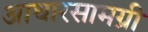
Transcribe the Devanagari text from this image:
आधारसामग्री